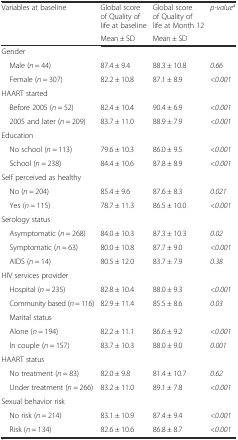
<table><thead><tr><td rowspan="2"><b>Variables at baseline</b></td><td><b>Global score of Quality of life at baseline</b></td><td><b>Global score of Quality of life at Month 12</b></td><td rowspan="2"><b><i>p-value</i><sup>a</sup></b></td></tr><tr><td><b>Mean ± SD</b></td><td><b>Mean ± SD</b></td></tr></thead><tbody><tr><td>Gender</td><td></td><td></td><td></td></tr><tr><td> Male (<i>n</i> = 44)</td><td>87.4 ± 9.4</td><td>88.3 ± 10.8</td><td><i>0.66</i></td></tr><tr><td> Female (<i>n</i> = 307)</td><td>82.2 ± 10.8</td><td>87.1 ± 8.9</td><td><i>&lt;0.001</i></td></tr><tr><td>HAART started</td><td></td><td></td><td></td></tr><tr><td> Before 2005 (<i>n</i> = 52)</td><td>82.4 ± 10.4</td><td>90.4 ± 6.9</td><td><i>&lt;0.001</i></td></tr><tr><td> 2005 and later (<i>n</i> = 209)</td><td>83.7 ± 11.0</td><td>88.9 ± 7.9</td><td><i>&lt;0.001</i></td></tr><tr><td>Education</td><td></td><td></td><td></td></tr><tr><td> No school (<i>n</i> = 113)</td><td>79.6 ± 10.3</td><td>86.0 ± 9.5</td><td><i>&lt;0.001</i></td></tr><tr><td> School (<i>n</i> = 238)</td><td>84.4 ± 10.6</td><td>87.8 ± 8.9</td><td><i>&lt;0.001</i></td></tr><tr><td>Self perceived as healthy</td><td></td><td></td><td></td></tr><tr><td> No (<i>n</i> = 204)</td><td>85.4 ± 9.6</td><td>87.6 ± 8.3</td><td><i>0.021</i></td></tr><tr><td> Yes (<i>n</i> = 115)</td><td>78.7 ± 11.3</td><td>86.5 ± 10.0</td><td><i>&lt;0.001</i></td></tr><tr><td>Serology status</td><td></td><td></td><td></td></tr><tr><td> Asymptomatic (<i>n</i> = 268)</td><td>84.0 ± 10.3</td><td>87.3 ± 10.3</td><td><i>0.02</i></td></tr><tr><td> Symptomatic (<i>n</i> = 63)</td><td>80.0 ± 10.8</td><td>87.7 ± 9.0</td><td><i>&lt;0.001</i></td></tr><tr><td> AIDS (<i>n</i> = 14)</td><td>80.5 ± 12.0</td><td>83.7 ± 7.9</td><td><i>0.38</i></td></tr><tr><td>HIV services provider</td><td></td><td></td><td></td></tr><tr><td> Hospital (<i>n</i> = 235)</td><td>82.8 ± 10.4</td><td>88.0 ± 9.3</td><td><i>&lt;0.001</i></td></tr><tr><td> Community based (<i>n</i> = 116)</td><td>82.9 ± 11.4</td><td>85.5 ± 8.6</td><td><i>0.03</i></td></tr><tr><td> Marital status</td><td></td><td></td><td></td></tr><tr><td> Alone (<i>n</i> = 194)</td><td>82.2 ± 11.1</td><td>86.6 ± 9.2</td><td><i>&lt;0.001</i></td></tr><tr><td> In couple (<i>n</i> = 157)</td><td>83.7 ± 10.3</td><td>88.0 ± 9.0</td><td><i>0.001</i></td></tr><tr><td>HAART status</td><td></td><td></td><td></td></tr><tr><td> No treatment (<i>n</i> = 83)</td><td>82.0 ± 9.8</td><td>81.4 ± 10.7</td><td><i>0.62</i></td></tr><tr><td> Under treatment (<i>n</i> = 266)</td><td>83.2 ± 11.0</td><td>89.1 ± 7.8</td><td><i>&lt;0.001</i></td></tr><tr><td>Sexual behavior risk</td><td></td><td></td><td></td></tr><tr><td> No risk (<i>n</i> = 214)</td><td>83.1 ± 10.9</td><td>87.4 ± 9.4</td><td><i>&lt;0.001</i></td></tr><tr><td> Risk (<i>n</i> = 134)</td><td>82.6 ± 10.6</td><td>86.8 ± 8.7</td><td><i>&lt;0.001</i></td></tr></tbody></table>